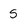
Character: S